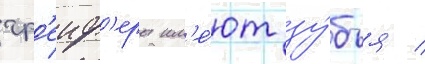
гр'еиф'еры им'е́ют зу́бья /